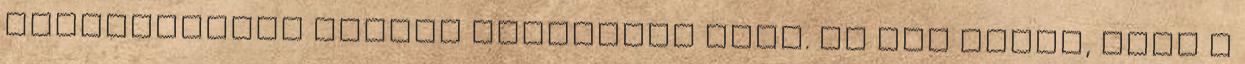
eredményeket minden bizonnyal övék. Ők úgy vélik, hogy a